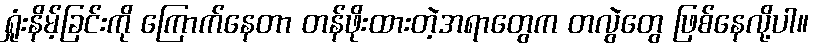
ရှုံးနိမ့်ခြင်းကို ကြောက်နေတာ တန်ဖိုးထားတဲ့အရာတွေက တလွဲတွေ ဖြစ်နေလို့ပါ။